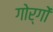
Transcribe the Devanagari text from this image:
गोर्गों